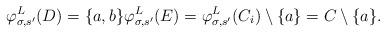
LaTeX: \begin{align*}\varphi^L_{\sigma, s'}(D) = \{a, b\} \varphi^L_{\sigma, s'}(E) = \varphi^L_{\sigma, s'}(C_i) \setminus \{a\} = C \setminus \{a\}.\end{align*}